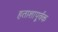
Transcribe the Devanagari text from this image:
हताशापूर्वक